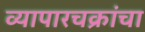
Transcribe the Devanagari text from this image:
व्यापारचक्रांचा